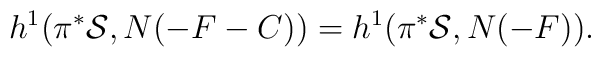
h^{1}(\pi^{*}{\cal S}, N(-F -C))=h^{1}(\pi^{*}{\cal S}, N(-F)).